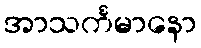
အာသင်္ကမာနော